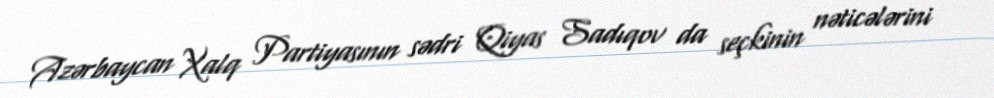
Azərbaycan Xalq Partiyasının sədri Qiyas Sadıqov da seçkinin nəticələrini